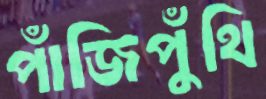
পাঁজিপুঁথি